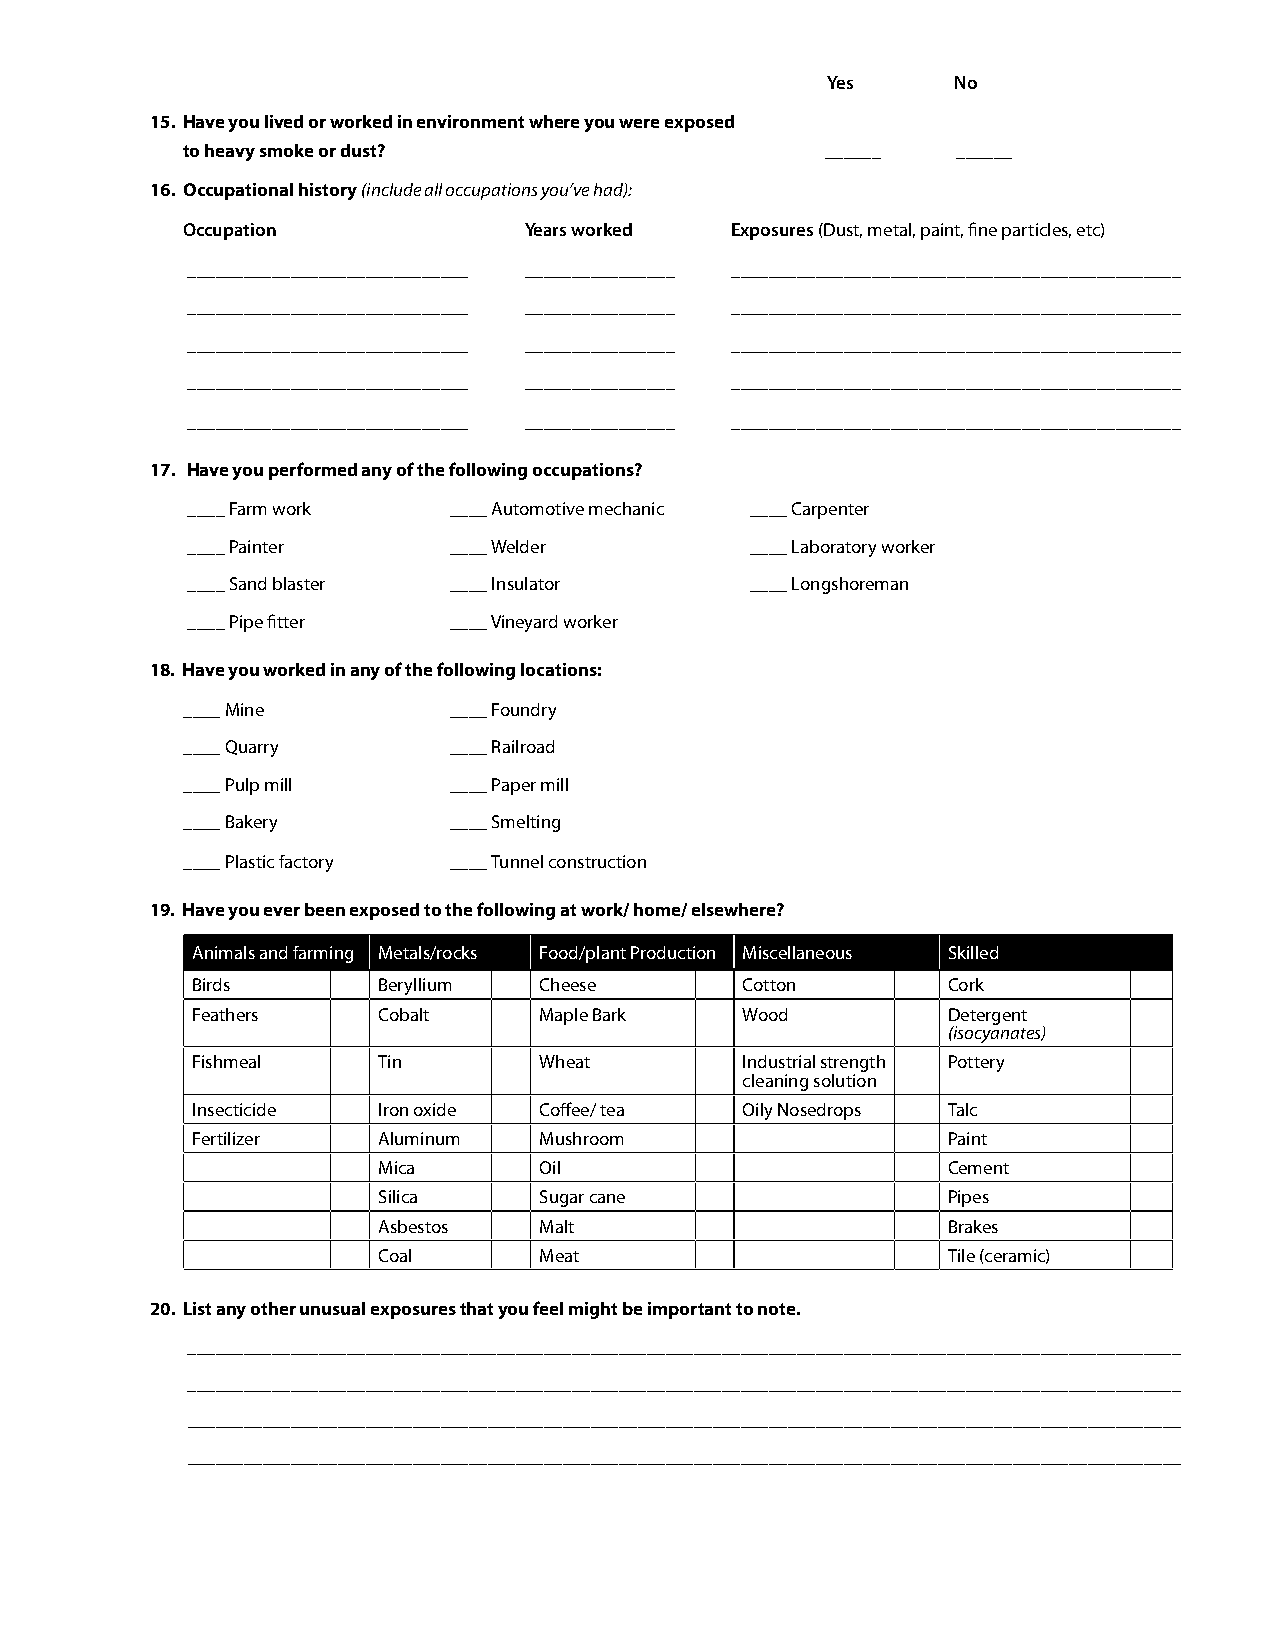
Yes     No
 15. Have you lived or worked in environment where you were exposed
 to heavy smoke or dust?                    ______  ______
 16. Occupational history (include all occupations you’ve had):
 Occupation             Years worked Exposures (Dust, metal, paint, fine particles, etc)
 ______________________________ ________________ ________________________________________________
 ______________________________ ________________ ________________________________________________
 ______________________________ ________________ ________________________________________________
 ______________________________ ________________ ________________________________________________
 ______________________________ ________________ ________________________________________________
 17. Have you performed any of the following occupations?
 ____ Farm work    ____ Automotive mechanic ____ Carpenter
 ____ Painter      ____ Welder         ____ Laboratory worker
 ____ Sand blaster ____ Insulator      ____ Longshoreman
 ____ Pipe fitter  ____ Vineyard worker
 18. Have you worked in any of the following locations:
 ____ Mine         ____ Foundry
 ____ Quarry       ____ Railroad
 ____ Pulp mill    ____ Paper mill
 ____ Bakery       ____ Smelting
 ____ Plastic factory ____ Tunnel construction
 19. Have you ever been exposed to the following at work/ home/ elsewhere?
 Animals and farming Metals/rocks Food/plant Production Miscellaneous Skilled
 Birds       Beryllium  Cheese       Cotton        Cork
 Feathers    Cobalt     Maple Bark   Wood          Detergent
 (isocyanates)
 Fishmeal    Tin        Wheat        Industrial strength Pottery
 cleaning solution
 Insecticide Iron oxide Coffee/ tea  Oily Nosedrops Talc
 Fertilizer  Aluminum   Mushroom                   Paint
 Mica       Oil                        Cement
 Silica     Sugar cane                 Pipes
 Asbestos   Malt                       Brakes
 Coal       Meat                       Tile (ceramic)
 20. List any other unusual exposures that you feel might be important to note.
 __________________________________________________________________________________________________________
 __________________________________________________________________________________________________________
 __________________________________________________________________________________________________________
 __________________________________________________________________________________________________________